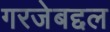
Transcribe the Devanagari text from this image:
गरजेबद्दल